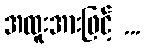
အထူးအားဖြင့် ...